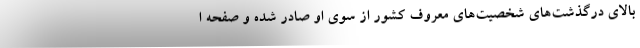
بالای درگذشت‌های شخصیت‌های معروف کشور از سوی او صادر شده و صفحه ا